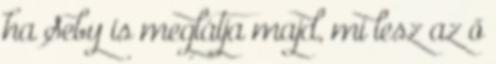
ha Seby is meglátja majd, mi lesz az ő